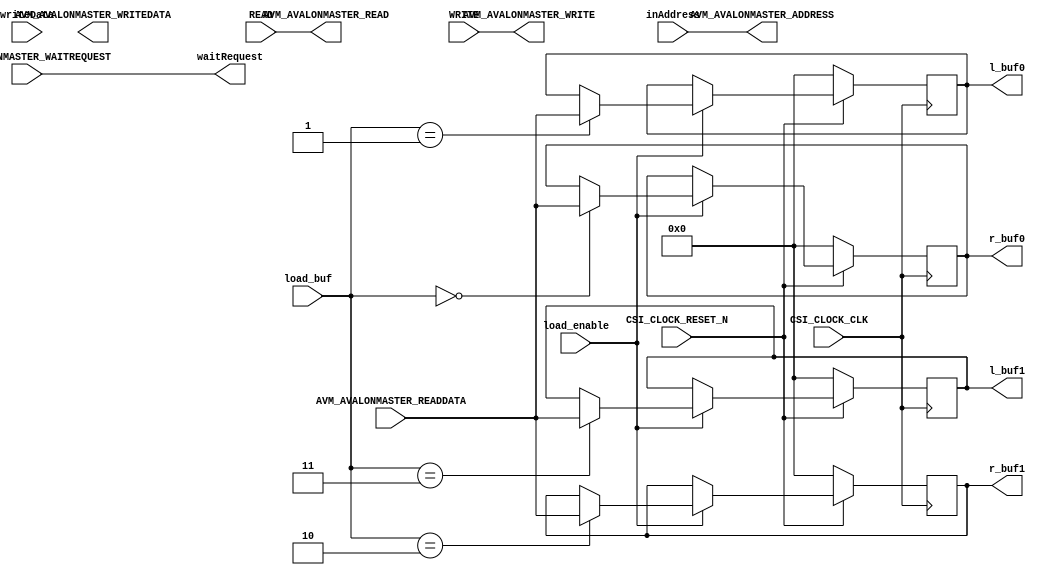
module AVM_AVALONMASTER_MAGNITUDE #
(
  // you can add parameters here
  // you can change these parameters
  parameter integer AVM_AVALONMASTER_DATA_WIDTH = 32,
  parameter integer AVM_AVALONMASTER_ADDRESS_WIDTH = 32
)
(
  // user ports begin

  // these are just some example ports. you can change them all
  //input wire START,
  input wire load_enable,
  input wire READ,
  input wire WRITE,
  input wire [1:0] load_buf,
  input wire [AVM_AVALONMASTER_ADDRESS_WIDTH - 1:0] inAddress,
  input wire [AVM_AVALONMASTER_DATA_WIDTH - 1:0] writeData,
  //input wire [AVM_AVALONMASTER_ADDRESS_WIDTH - 1:0] writeAddress,
  //output wire DONE,
  output wire waitRequest,
  output wire [AVM_AVALONMASTER_DATA_WIDTH - 1:0] r_buf0,
  output wire [AVM_AVALONMASTER_DATA_WIDTH - 1:0] l_buf0,
  output wire [AVM_AVALONMASTER_DATA_WIDTH - 1:0] r_buf1,
  output wire [AVM_AVALONMASTER_DATA_WIDTH - 1:0] l_buf1,

  // user ports end
  // dont change these ports
  input wire CSI_CLOCK_CLK,
  input wire CSI_CLOCK_RESET_N,
  output wire [AVM_AVALONMASTER_ADDRESS_WIDTH - 1:0] AVM_AVALONMASTER_ADDRESS,
  input wire AVM_AVALONMASTER_WAITREQUEST,
  output wire AVM_AVALONMASTER_READ,
  output wire AVM_AVALONMASTER_WRITE,
  input wire [AVM_AVALONMASTER_DATA_WIDTH - 1:0] AVM_AVALONMASTER_READDATA,
  output wire [AVM_AVALONMASTER_DATA_WIDTH - 1:0] AVM_AVALONMASTER_WRITEDATA
);

  // output wires and registers
  // you can change name and type of these ports
  //reg done;
  reg [AVM_AVALONMASTER_ADDRESS_WIDTH - 1:0] address;
  wire read;
  wire write;
  reg [AVM_AVALONMASTER_DATA_WIDTH - 1:0] writedata;
  reg [AVM_AVALONMASTER_DATA_WIDTH - 1:0] R_BUF0;
  reg [AVM_AVALONMASTER_DATA_WIDTH - 1:0] L_BUF0;
  reg [AVM_AVALONMASTER_DATA_WIDTH - 1:0] R_BUF1;
  reg [AVM_AVALONMASTER_DATA_WIDTH - 1:0] L_BUF1;

  // I/O assignment
  // never directly send values to output
  //assign DONE = done;
  assign waitRequest = AVM_AVALONMASTER_WAITREQUEST;
  assign read = READ;
  assign write = WRITE;
  assign r_buf0 = R_BUF0;
  assign l_buf0 = L_BUF0;
  assign r_buf1 = R_BUF1;
  assign l_buf1 = L_BUF1;
  //assign address = ;
  assign AVM_AVALONMASTER_ADDRESS = inAddress;
  assign AVM_AVALONMASTER_READ = read;
  assign AVM_AVALONMASTER_WRITE = write;
  assign AVM_AVALONMASTER_WRITEDATA = writedata;


  /****************************************************************************
  * all main function must be here or in main module. you MUST NOT use control
  * interface for the main operation and only can import and export some wires
  * from/to it
  ****************************************************************************/

  // user logic begin
  always @(posedge CSI_CLOCK_CLK)
  begin
    if(CSI_CLOCK_RESET_N == 0)
    begin
      //done <= 0;
      R_BUF0 <= 0;
      L_BUF0 <= 0;
      R_BUF1 <= 0;
      L_BUF1 <= 0;
    end
    else if (load_enable) begin
      case (load_buf)
        0: R_BUF0 <= AVM_AVALONMASTER_READDATA;
        1: L_BUF0 <= AVM_AVALONMASTER_READDATA;
        2: R_BUF1 <= AVM_AVALONMASTER_READDATA;
        3: L_BUF1 <= AVM_AVALONMASTER_READDATA;
        default: begin
          R_BUF0 <= R_BUF0;
          L_BUF0 <= L_BUF0;
          R_BUF1 <= R_BUF1;
          L_BUF1 <= L_BUF1;
        end
      endcase
    end
  end

  // user logic end

endmodule